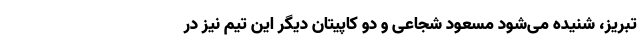
تبریز، شنیده می‌شود مسعود شجاعی و دو کاپیتان دیگر این تیم نیز در